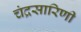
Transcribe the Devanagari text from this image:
चंद्रसारिणी